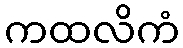
ကထလိကံ